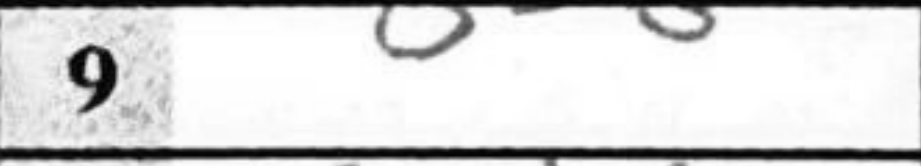
Transcription: O-O